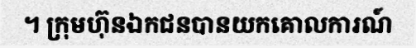
។ ក្រុមហ៊ុនឯកជនបានយកគោលការណ៍